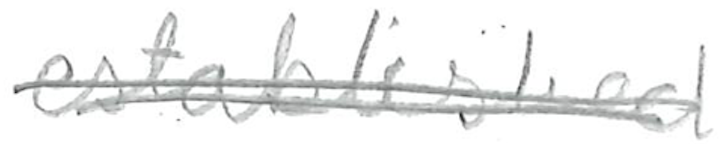
Text: established
Cross-out: mix
Writing tool: pencil